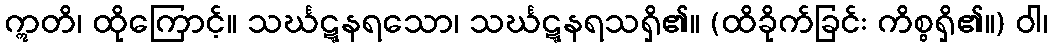
ဣတိ၊ ထိုကြောင့်။ သင်္ဃဋ္ဋနရသော၊ သင်္ဃဋ္ဋနရသရှိ၏။ (ထိခိုက်ခြင်း ကိစ္စရှိ၏။) ဝါ၊